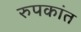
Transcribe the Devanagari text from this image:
रुपकांत